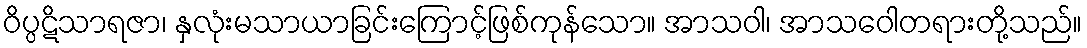
ဝိပ္ပဋိသာရဇာ၊ နှလုံးမသာယာခြင်းကြောင့်ဖြစ်ကုန်သော။ အာသဝါ၊ အာသဝေါတရားတို့သည်။